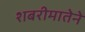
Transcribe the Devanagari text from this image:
शबरीमातेने